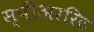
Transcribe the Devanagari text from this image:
स्पीअररिट